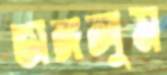
ভাঙ্গলুম